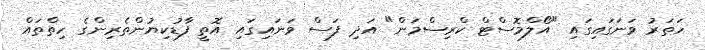
ހަތަރު ވަނަގައިގައި "އޯލްމޮސްޓް ކްރިސްމަން" އަދި ފަސް ވަނައިގައި އޮތީ ފާޑުކިޔުންތެރިންގެ ހިތްތައް